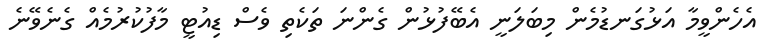
އެހެންވީމާ އަޅުގަނޑުމެން މިބަލަނީ އެބޭފުޅުން ގެންނަ ތަކެތި ވެސް ޑިއުޓީ މާފުކުރުމެއް ގެނެވޭނެ